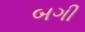
બગી